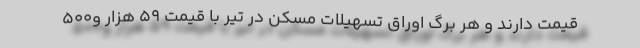
قیمت دارند و هر برگ اوراق تسهیلات مسکن در تیر با قیمت ۵۹ هزار و۵۰۰